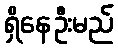
ရှိနေဦးမည်